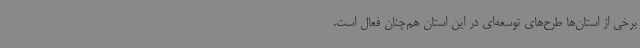
برخی از استان‌ها طرح‌های توسعه‌ای در این استان هم‌چنان فعال است.